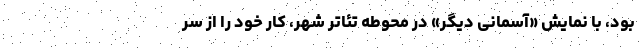
بود، با نمایش «آسمانی دیگر» در محوطه تئاتر شهر، کار خود را از سر